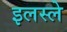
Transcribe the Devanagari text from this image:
इलस्ले